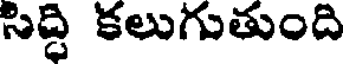
సిద్ది కలుగుతుంది